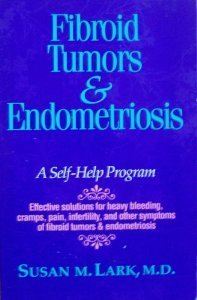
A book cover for Fibroid Tumors & Endometriosis (Women's Health); Susan M. Lark; Health, Fitness & Dieting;